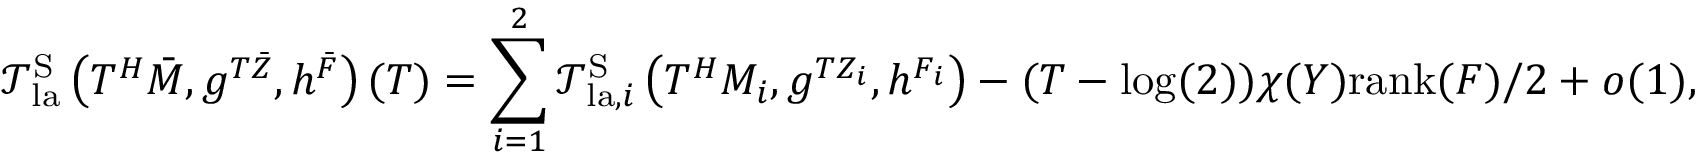
\mathcal { T } _ { \mathrm { l a } } ^ { \mathrm { S } } \left( T ^ { H } \bar { M } , g ^ { T { \bar { Z } } } , h ^ { \bar { F } } \right) ( T ) = \sum _ { i = 1 } ^ { 2 } \mathcal { T } _ { \mathrm { l a } , i } ^ { \mathrm { S } } \left( T ^ { H } M _ { i } , g ^ { T Z _ { i } } , h ^ { F _ { i } } \right) - ( T - \log ( 2 ) ) \chi ( Y ) \mathrm { r a n k } ( F ) / 2 + o ( 1 ) ,